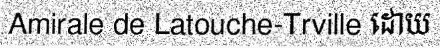
Amirale de Latouche-Trville ដោយ